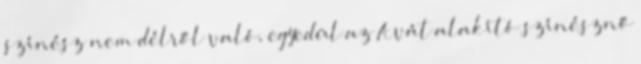
színész nem délről való, egyedül az Avát alakító színésznő